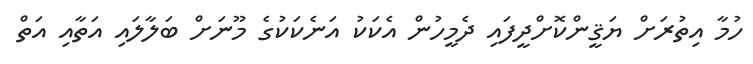
ހުމާ އިތުރަށް ޔަޤީންކޮށްދީފައި ދެމީހުން އެކަކު އަނެކަކުގެ މޫނަށް ބަލާލައި އަތާއި އަތް